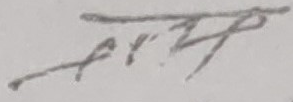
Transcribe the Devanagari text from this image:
एफ. टी. आर.